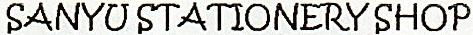
SANYU STATIONERY SHOP